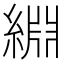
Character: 𫃺